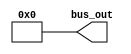
module constantvaluegenerator #(parameter W=32 , D=32'h0000)(bus_out);
	output wire [(W-1):0] bus_out;
	assign bus_out = D;
	
endmodule